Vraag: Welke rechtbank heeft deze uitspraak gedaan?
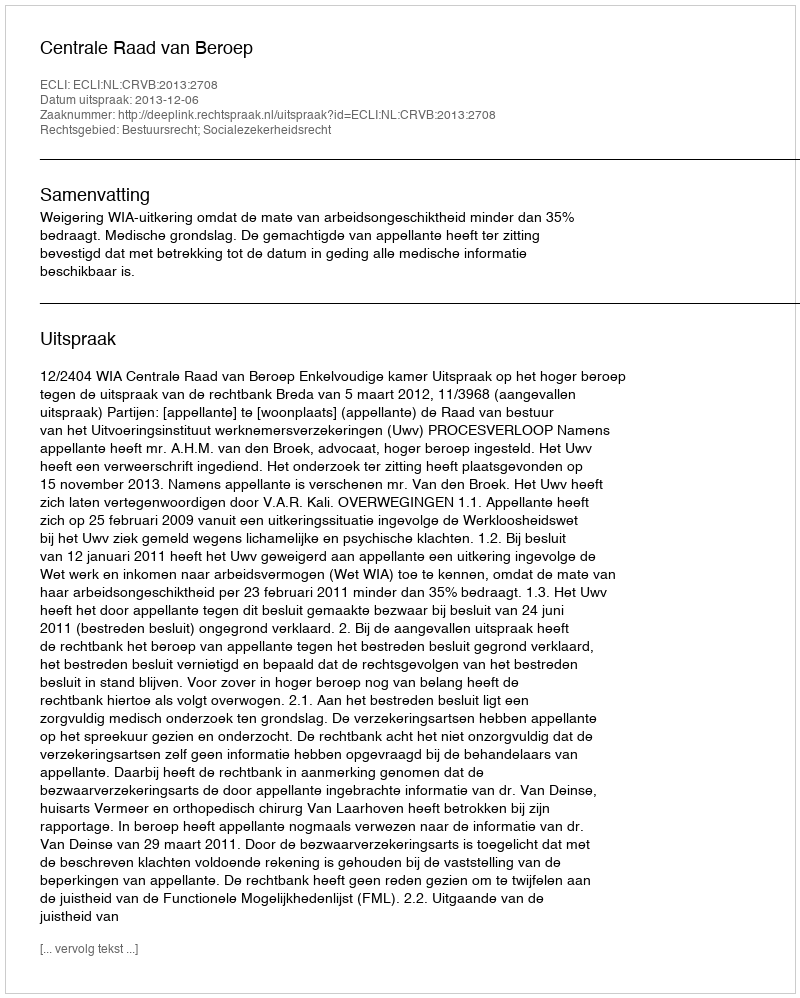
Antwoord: Centrale Raad van Beroep